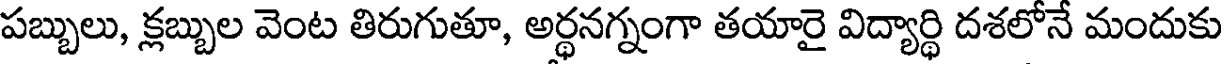
పబ్బులు, క్లబ్బుల వెంట తిరుగుతూ, అర్థనగ్నంగా తయారై విద్యార్థి దశలోనే మందుకు